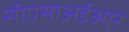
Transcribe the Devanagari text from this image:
सीएसाअईआर